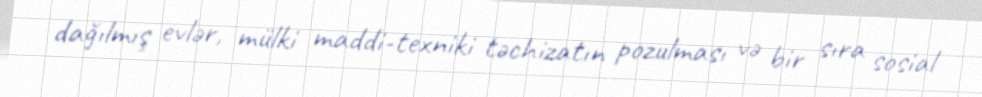
dağılmış evlər, mülki maddi-texniki təchizatın pozulması və bir sıra sosial